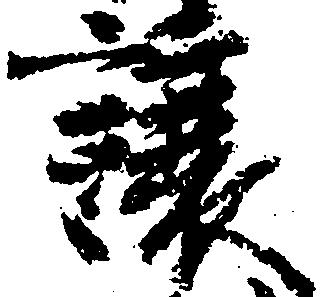
譲